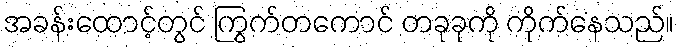
အခန်းထောင့်တွင် ကြွက်တကောင် တခုခုကို ကိုက်နေသည်။